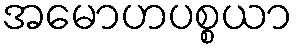
အမောဟပစ္စယာ